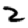
Digit: 2